Regulations for the medical services of the Army of India
Year: 1930
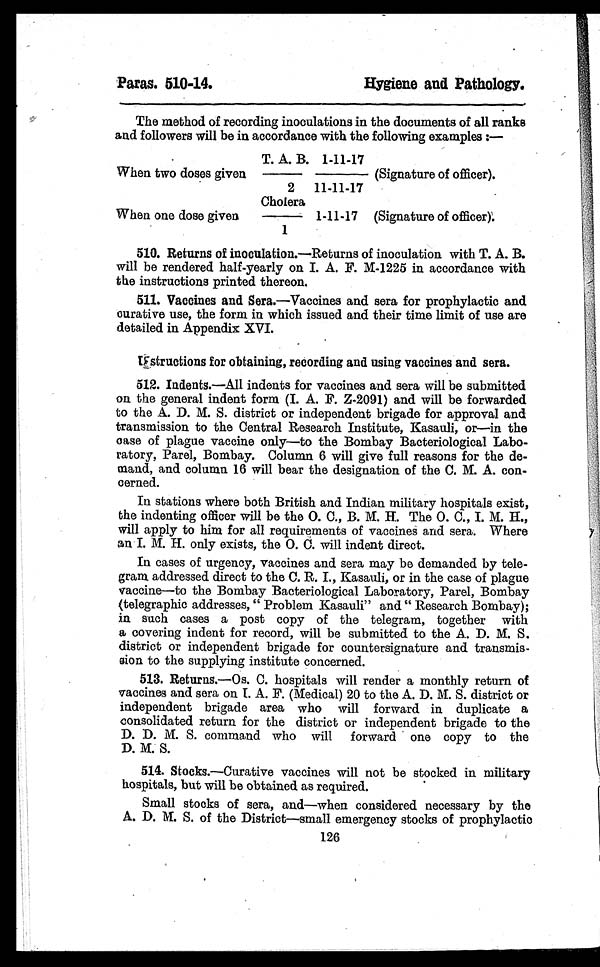
Paras. 510-14.
Hygiene and Pathology.
The method of recording inoculations in the documents of all ranks
and followers will be in accordance with the following examples :—
When two doses given T. A. B
. / 2 1 - 1 1 - 1 7
/ 1 1 - 1 1 - 1 7
.(signature of officer).
When one dose given
Cholera/1 1-11-17 (Signature of officer)
.
510.Returns of inoculation.—Returns of inoculation with T. A. B.
will be rendered half-yearly on I. A. F. M-1225 in accordance with
the instructions printed thereon.
511.Vaccines and Sera.—Vaccines and sera for prophylactic and
curative use, the form in which issued and their time limit of use are
detailed in Appendix XVI.
instructions for obtaining, recording and using vaccines and sera.
512.Indents.—All indents for vaccines and sera will be submitted
on the general indent form (I. A. F. Z-2091) and will be forwarded
to the A. D. M. S. district or independent brigade for approval and
transmission to the Central Research Institute, Kasauli, or—in the
case of plague vaccine only—to the Bombay Bacteriological Labo-
ratory, Parel, Bombay. Column 6 will give full reasons for the de-
mand, and column 16 will bear the designation of the C. M. A. con-
cerned.
In stations where both British and Indian military hospitals exist,
the indenting officer will be the 0. C., B. M. H. The O. C., I. M. H.,
will apply to him for all requirements of vaccines and sera. Where
an I. M. H. only exists, the O. C. will indent direct.
In cases of urgency, vaccines and sera may be demanded by tele-
gram addressed direct to the C. R. I., Kasauli, or in the case of plague
vaccine—to the Bombay Bacteriological Laboratory, Parel, Bombay
(telegraphic addresses, " Problem Kasauli" and " Research Bombay);
in such cases a post copy of the telegram, together with
a covering indent for record, will be submitted to the A. D. M. S.
district or independent brigade for countersignature and transmis-
sion to the supplying institute concerned.
513.Returns.—Os. C. hospitals will render a monthly return of
vaccines and sera on I. A. F. (Medical) 20 to the A. D. M. S. district or
independent brigade area who will forward in duplicate a
consolidated return for the district or independent brigade to the
D. D. M. S. command who will forward one copy to the
D. M. S.
514.Stocks.—Curative vaccines will not be stocked in military
hospitals, but will be obtained as required.
Small stocks of sera, and—when considered necessary by the
A. D. M. S. of the District—small emergency stocks of prophylactic
126